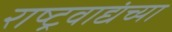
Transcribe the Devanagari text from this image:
राष्ट्रवाद्यंच्या